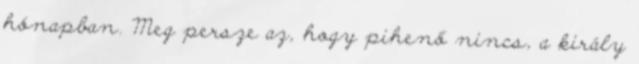
hónapban. Meg persze az, hogy pihenő nincs, a király